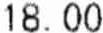
18.00